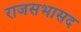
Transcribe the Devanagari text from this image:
राजसभासद